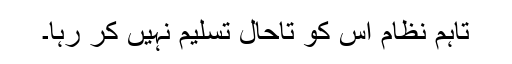
تاہم نظام اس کو تاحال تسلیم نہیں کر رہا۔